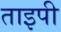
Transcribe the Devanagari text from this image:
ताइपी